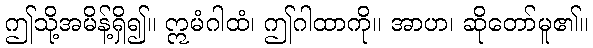
ဤသို့အမိန့်ရှိ၍။ ဣမံဂါထံ၊ ဤဂါထာကို။ အာဟ၊ ဆိုတော်မူ၏။